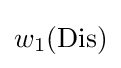
w_{1}({\text{Dis}})